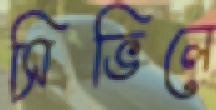
সিভিলে